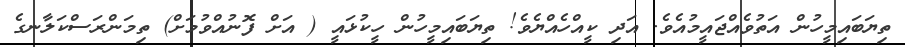
ތިޔަބައިމީހުން އަތުވެއްޖައީމުއެވެ. އަދި ކީއްހެއްޔެވެ! ތިޔަބައިމީހުން ހީކުޅައީ ( އަށް ފޮނުއްވުމަށް) ތިމަންރަސްކަލާނގެ